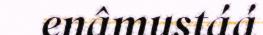
enâmustáá